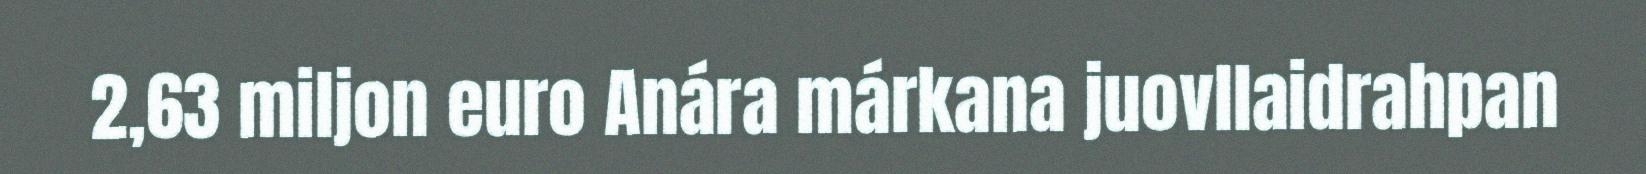
2,63 miljon euro Anára márkana juovllaidrahpan